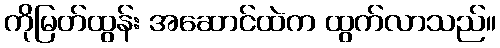
ကိုမြတ်ထွန်း အဆောင်ထဲက ထွက်လာသည်။